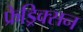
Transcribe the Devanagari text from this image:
फ्रेड्रिक्सन